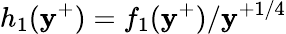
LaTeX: {h}_{1}(\mathbf{y}^{+})=f_{1}(\mathbf{y}^{+})/\mathbf{y}^{+1/4}